Reports on military cantonments and civil stations in the Presidency of Bombay inspected by the Sanitary Commissioner in the years 1875 and 1876
Year: 1875
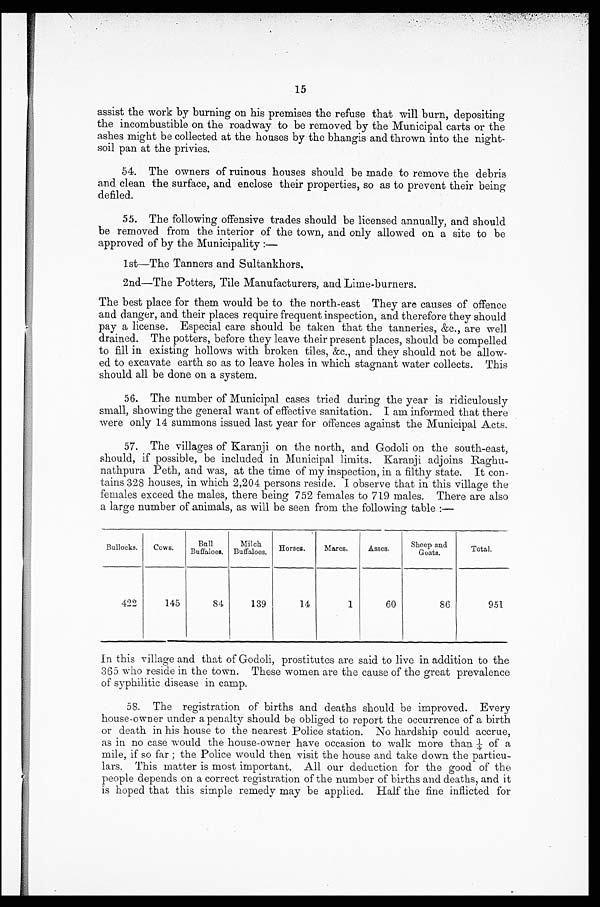
15
assist the work by burning on his premises the refuse that will burn, depositing
the incombustible on the roadway to be removed by the Municipal carts or the
ashes might be collected at the houses by the bhangis and thrown into the night-
soil pan at the privies.
54.
The owners of ruinous houses should be made to remove the debris
and clean the surface, and enclose their properties, so as to prevent their being
defiled.
55.
The following offensive trades should be licensed annually, and should
be removed from the interior of the town, and only allowed on a site to be
approved of by the Municipality :
—
1st—The Tanners and Sultankhors.
2nd—The Potters, Tile Manufacturers, and Lime-burners.
The best place for them would be to the north-east They are causes of offence
and danger, and their places require frequent inspection, and therefore they should
pay a license. Especial care should be taken that the tanneries, &c., are well
drained. The potters, before they leave their present places, should be compelled
to fill in existing hollows with broken tiles, &c., and they should not be allow--
ed to excavate earth so as to leave holes in which stagnant water collects. This
should all be done on a system.
56. The number of Municipal cases tried during the year is ridiculously
small, showing the general want of effective sanitation. I am informed that there
were only 14 summons issued last year for offences against the Municipal Acts.
57. The villages of Karanji on the north, and Godoli on the south-east,
should, if possible, be included in Municipal limits. Karanji adjoins Raghu-
-nathpura Peth, and was, at the time of my inspection, in a filthy state. It con-
- t a i n s 3 2 8 h o u s e s , i n w h i c h 2 , 2 0 4 p e r s o n s r e s i d e . I o b s e r v e t h a t i n t h i s v i l l a g e t h e
females exceed the males, there being 752 females to 719 males. There are also
a large number of animals, as will be seen from the following table :—
Bullocks.
Cows.
Bull
Buffaloes.
Milch
Buffaloes.
Horses.
Mares.
Asses.
Sheep and
Goats.
Total.
422
145
84
139
14
1
60
86
951
In this village and that of Godoli, prostitutes are said to live in addition to the
365 who reside in the town. These women are the cause of the great prevalence
of syphilitic disease in camp.
58. The registration of births and deaths should be improved. Every
house-owner under a penalty should be obliged to report the occurrence of a birth
or death in his house to the nearest Police station. No hardship could accrue,
as in no case would the house-owner have occasion to walk more than ¼ of a
mile, if so far ; the Police would then visit the house and take down the particu-
- l a r s . T h i s m a t t e r i s m o s t i m p o r t a n t . A l l o u r d e d u c t i o n f o r t h e g o o d o f t h e
people depends on a correct registration of the number of births and deaths, and it
is hoped that this simple remedy may be applied. Half the fine inflicted for